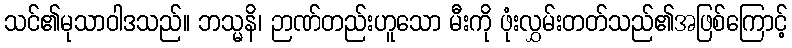
သင်၏မုသာဝါဒသည်။ ဘသ္မနိ၊ ဉာဏ်တည်းဟူသော မီးကို ဖုံးလွှမ်းတတ်သည်၏အဖြစ်ကြောင့်